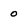
Character: 0